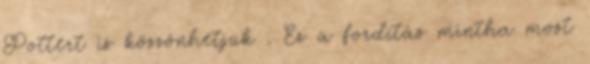
Pottert is köszönhetjük . Ez a fordítás mintha most